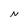
Character: N